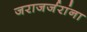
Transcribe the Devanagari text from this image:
जराजर्जरांना